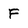
Character: F